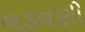
વડવણી